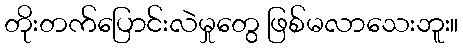
တိုးတက်ပြောင်းလဲမှုတွေ ဖြစ်မလာသေးဘူး။